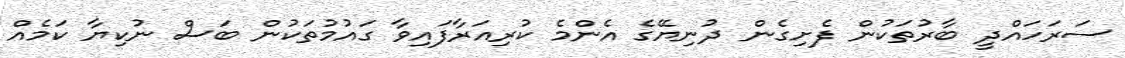
ސަރަހައްދީ ބާރުތަކުން ފެށިގެން ދުނިޔޭގެ އެންމެ ކުރިއަރާފައިވާ ގައުމުތަކުން ބަސް ނުކިޔާ ކަމެއް